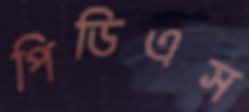
পিডিএস